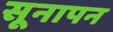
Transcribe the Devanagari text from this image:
सूनापन